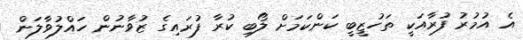
އެ އުމުރު ފުރާއަކީ ތަހުޒީބީ ކަންކަމަށް ލޯބި ކުރާ ފުރައިގެ ޒުވާނުން ހައްލުވާލަން